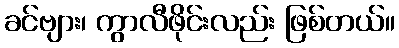
ခင်ဗျား၊ ကွာလီဖိုင်းလည်း ဖြစ်တယ်။